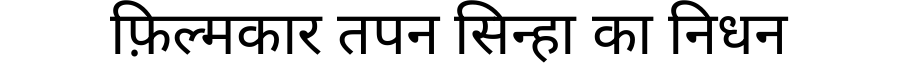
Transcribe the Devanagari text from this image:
फ़िल्मकार तपन सिन्हा का निधन